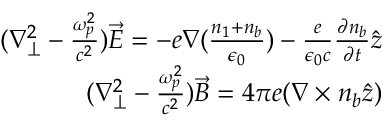
\begin{array} { r } { ( \nabla _ { \perp } ^ { 2 } - \frac { \omega _ { p } ^ { 2 } } { c ^ { 2 } } ) \vec { E } = - e \nabla ( \frac { n _ { 1 } + n _ { b } } { \epsilon _ { 0 } } ) - \frac { e } { \epsilon _ { 0 } c } \frac { \partial n _ { b } } { \partial t } \hat { z } } \\ { ( \nabla _ { \perp } ^ { 2 } - \frac { \omega _ { p } ^ { 2 } } { c ^ { 2 } } ) \vec { B } = 4 \pi e ( \nabla \times n _ { b } \hat { z } ) } \end{array}